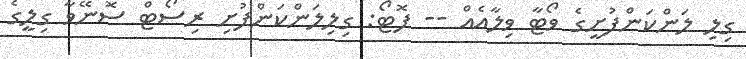
ގިލި ލަންކަންފުށީގެ ވޯޓާ ވިލާއެއް -- ފޮޓޯ: ގިލިލަންކަންފުށި ރިސޯޓް ސޮނޭވާ ގިލީގެ